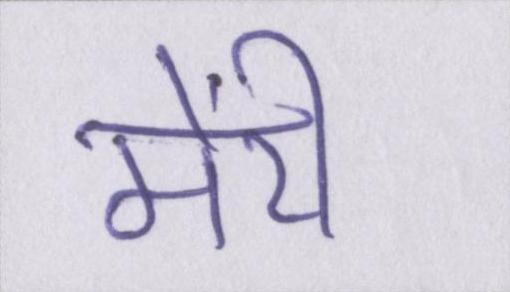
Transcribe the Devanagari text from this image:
मेंरी